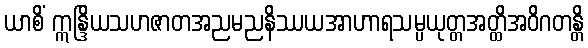
ယာစိံ ဣန္ဒြိယသဟဇာတအညမညနိဿယအာဟာရသမ္ပယုတ္တအတ္ထိအဝိဂတန္တိ